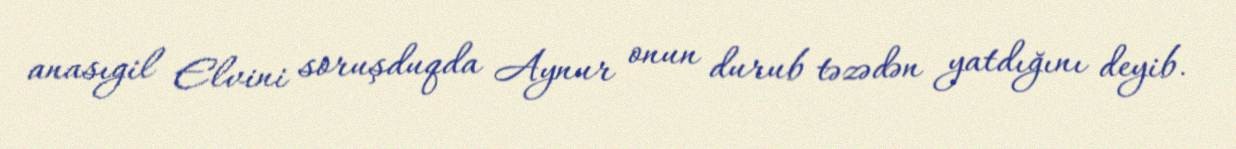
anasıgil Elvini soruşduqda Aynur onun durub təzədən yatdığını deyib.